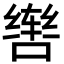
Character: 辔